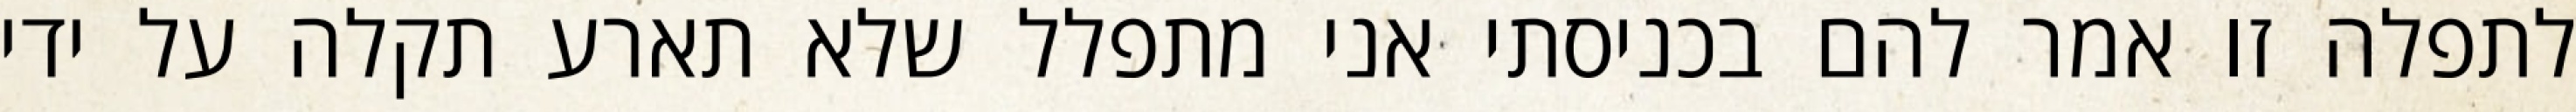
לתפלה זו אמר להם בכניסתי אני מתפלל שלא תארע תקלה על ידי